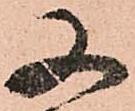
又